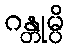
ဂန္တုမ္ပိ